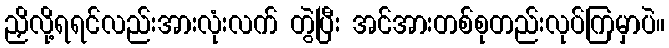
ညှိလို့ရရင်လည်းအားလုံးလက် တွဲပြီး အင်အားတစ်စုတည်းလုပ်ကြမှာပဲ။